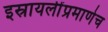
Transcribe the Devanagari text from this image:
इस्रायलींप्रमाणेच